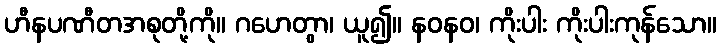
ဟီနပဏီတအစုတို့ကို။ ဂဟေတွာ၊ ယူ၍။ နဝနဝ၊ ကိုးပါး ကိုးပါးကုန်သော။